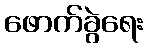
ဖောက်ခွဲရေး